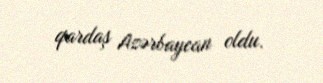
qardaş Azərbaycan oldu.